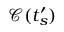
\mathcal { C } ( t _ { s } ^ { \prime } )